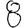
Digit: 8